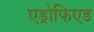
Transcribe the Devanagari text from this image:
एड्रोफिएड